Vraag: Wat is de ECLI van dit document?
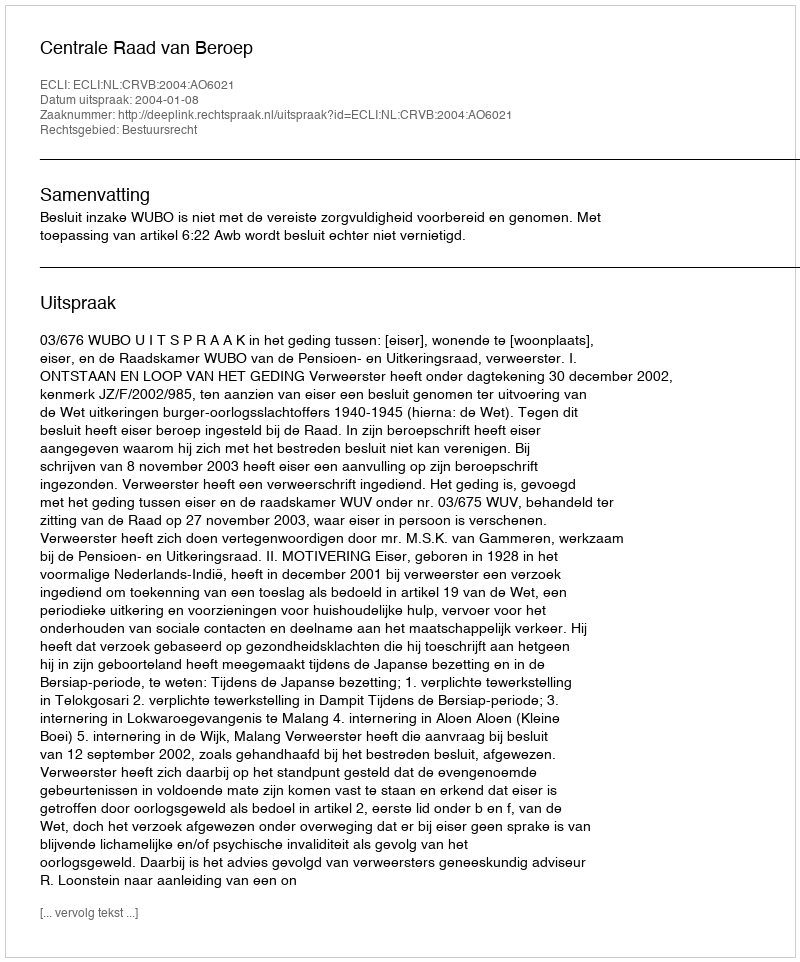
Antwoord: ECLI:NL:CRVB:2004:AO6021